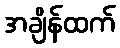
အချိန်ထက်